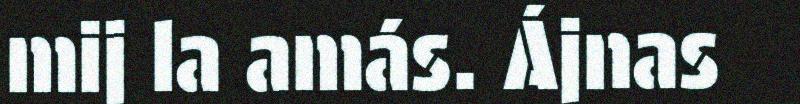
mij la amás. Ájnas